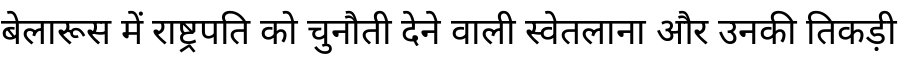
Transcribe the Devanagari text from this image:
बेलारूस में राष्ट्रपति को चुनौती देने वाली स्वेतलाना और उनकी तिकड़ी